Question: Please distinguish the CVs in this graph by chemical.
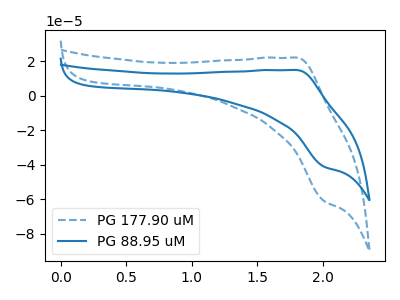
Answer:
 <answer>The blue dashed curve is labeled "PG 177.90 uM". The blue curve is labeled "PG 88.95 uM".</answer>
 <eval></eval>